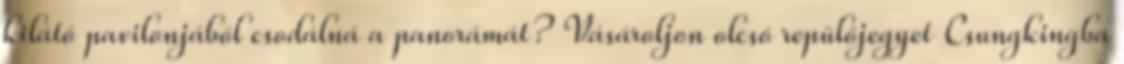
kilátó pavilonjából csodálná a panorámát? Vásároljon olcsó repülőjegyet Csungkingba